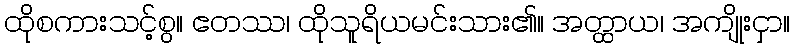
ထိုစကားသင့်စွ။ ဧတဿ၊ ထိုသူရိယမင်းသား၏။ အတ္ထာယ၊ အကျိုးငှာ။